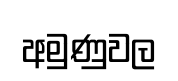
අමුණුවල